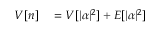
\begin{array} { r l } { V [ n ] } & { { } = V [ | \alpha | ^ { 2 } ] + E [ | \alpha | ^ { 2 } ] } \end{array}